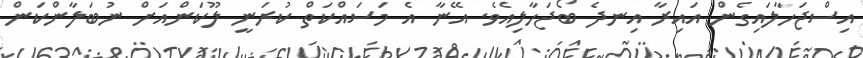
އިސްޖަހާލައިގެން އައިރާ އިނދެ ބޯޖަހާލިއެވެ. އޭނާ އެ މަސައްކަތް ކުރަނީ ލޫކަންއަށް ނުބަލާންކަން